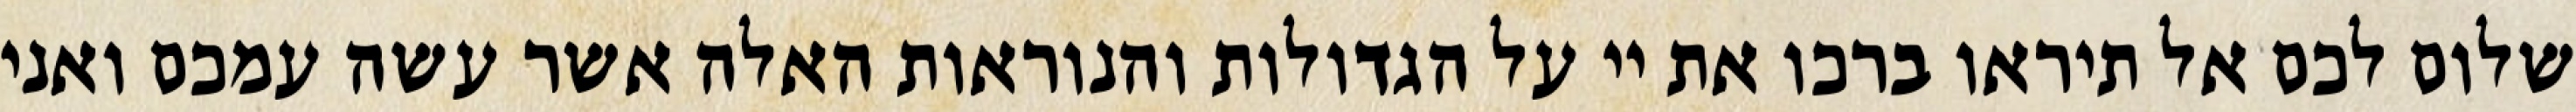
שלום לכם אל תיראו ברכו את יי על הגדולות והנוראות האלה אשר עשה עמכם ואני